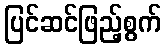
ပြင်ဆင်ဖြည့်စွက်